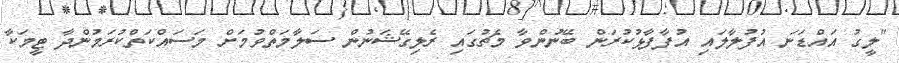
"ލީގު އައްޑަނަ އުފުލާލައި އުފާފާޅުކުރަން ބޭނުންވާ މެޗުގައި ރެލިގޭޝަނުން ސަލާމަތްވުމަށް މަސައްކަތްކުރަމުންދާ ޓީމަކާ